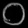
Digit: ၀